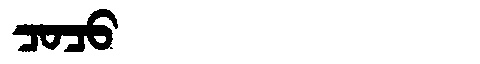
Manchu: ᠴᠣᠴᠣ
Romanization: COCO